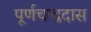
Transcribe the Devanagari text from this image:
पूर्णचन्द्रदास